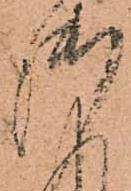
御